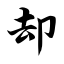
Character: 却